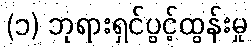
(၁) ဘုရားရှင်ပွင့်ထွန်းမှု